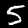
Label: 5